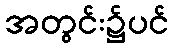
အတွင်း၌ပင်